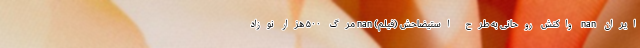
ایران nan واکنش روحانی به طرح استیضاحش (فیلم) nan مرگ ۵۰۰ هزار نوزاد